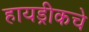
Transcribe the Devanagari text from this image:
हायड्रीकचे